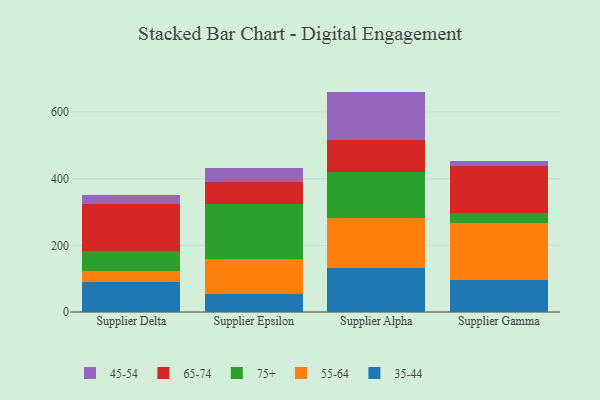
{"axis": {"x": "Supplier", "y": "Bounce Rate (%)"}, "legend": ["35-44", "45-54", "55-64", "65-74", "75+"], "data": [{"x": "Supplier Delta", "y": 90.4, "type": "35-44"}, {"x": "Supplier Delta", "y": 33.5, "type": "55-64"}, {"x": "Supplier Delta", "y": 57.6, "type": "75+"}, {"x": "Supplier Delta", "y": 143.7, "type": "65-74"}, {"x": "Supplier Delta", "y": 25.4, "type": "45-54"}, {"x": "Supplier Epsilon", "y": 53.5, "type": "35-44"}, {"x": "Supplier Epsilon", "y": 104.7, "type": "55-64"}, {"x": "Supplier Epsilon", "y": 165.3, "type": "75+"}, {"x": "Supplier Epsilon", "y": 66.5, "type": "65-74"}, {"x": "Supplier Epsilon", "y": 41.3, "type": "45-54"}, {"x": "Supplier Alpha", "y": 132.3, "type": "35-44"}, {"x": "Supplier Alpha", "y": 149.9, "type": "55-64"}, {"x": "Supplier Alpha", "y": 137.2, "type": "75+"}, {"x": "Supplier Alpha", "y": 97.5, "type": "65-74"}, {"x": "Supplier Alpha", "y": 144.2, "type": "45-54"}, {"x": "Supplier Gamma", "y": 94.6, "type": "35-44"}, {"x": "Supplier Gamma", "y": 171.5, "type": "55-64"}, {"x": "Supplier Gamma", "y": 30.3, "type": "75+"}, {"x": "Supplier Gamma", "y": 142.4, "type": "65-74"}, {"x": "Supplier Gamma", "y": 14.8, "type": "45-54"}]}